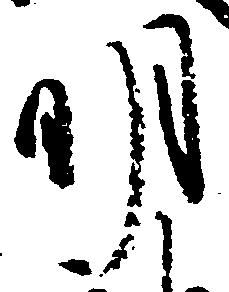
明